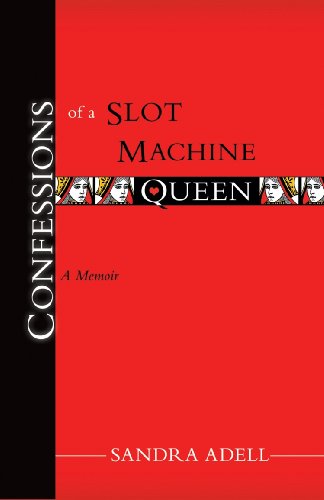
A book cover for Confessions of a Slot Machine Queen; Sandra A. Adell; Health, Fitness & Dieting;